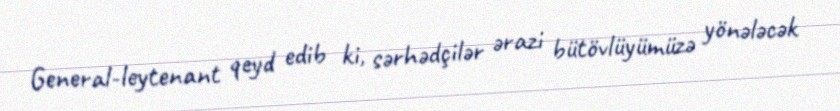
General-leytenant qeyd edib ki, sərhədçilər ərazi bütövlüyümüzə yönələcək